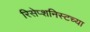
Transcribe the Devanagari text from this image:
रिसेप्शनिस्टच्या